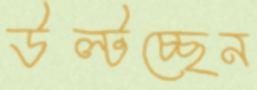
উল্‌টচ্ছেন